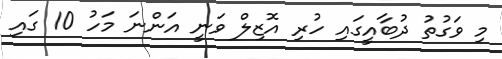
މި ވަގުތު ދުބާއީގައި ހުރި އޮޒިލް ވަނީ އަންނަ މަހު 10 ގައި